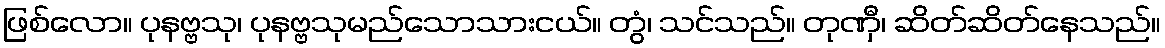
ဖြစ်လော။ ပုနဗ္ဗသု၊ ပုနဗ္ဗသုမည်သောသားငယ်။ တွံ၊ သင်သည်။ တုဏှီ၊ ဆိတ်ဆိတ်နေသည်။